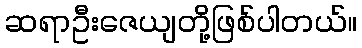
ဆရာဦးဇေယျတို့ဖြစ်ပါတယ်။